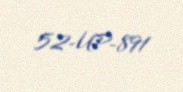
52-UP-891